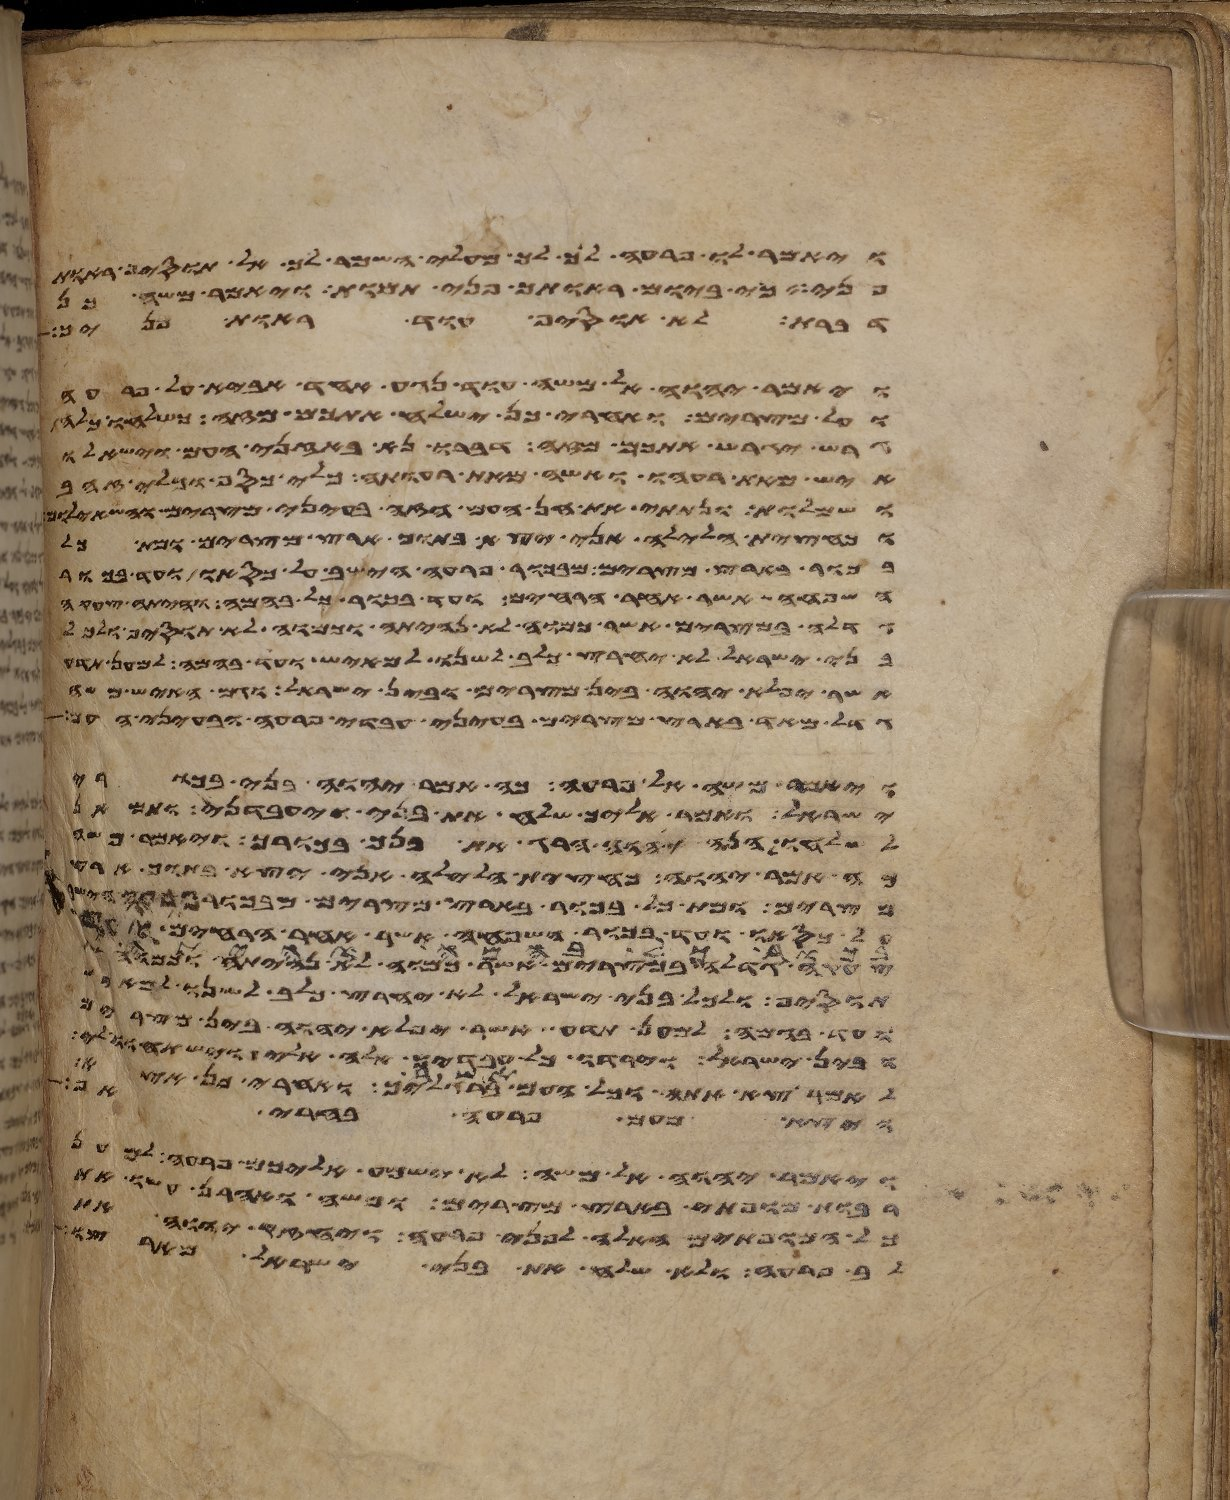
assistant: ויאמר לו פרעה לך לך מעלי השמר לך אל תוסיף ראות
פני כי ביום ראותך פני תמות ויאמר משה כן
דברת לא אוסיף עוד ראות פניך
ויאמר יהוה אל משה עוד נגע אחד אביא על פרעה
ועל מצרים ואחרי כן ישלח אתכם מזה כשלחו כלה
גרש יגרש אתכם מזה דברו נא באזני העם וישאלו
איש מאת רעהו ואשה מאת רעותה כלי כסף וכלי זהב
ושמלות ונתתי את חן העם הזה בעיני מצרים והשאלום
וכחצית הלילה אני יצא בתוך ארץ מצרים ומת כל
בכור בארץ מצרים מבכור פרעה הישב על כסאו ועד בכור
השפחה אשר אחר הרחים ועד בכור כל בהמה והיתה צעקה
גדלה במצרים אשר כמוה לא נהיתה וכמוה לא תוסיף ולכל
בני ישראל לא יחרץ כלב לשנו למאיש ועד בהמה למען תדע
אשר יפלא יהוה בין מצרים ובין ישראל וגם האיש משה
גדל מאד בארץ מצרים בעיני עבדי פרעה ובעיני העם
ויאמר משה אל פרעה כה אמר יהוה בני בכורי
ישראל ואמר אליך שלח את בני ויעבדני ותמאן
לשלחו הנה יהוה הרג את בנך בכורך ויאמר משה
כה אמר יהוה כחצית הלילה אני יצא בתוך ארץ
מצרים ומת כל בכור בארץ מצרים מבכור פרעה הישב
כסאו ועד בכור השפחה אשר אחר הרחים ועד
צעקה גדלה במצרים אשר כמוה לא נהיתה וכמוה
תוסיף ולכל בני ישראל לא יחרץ כלב לשנו
ועד בהמה למען תדע אשר יפלא יהוה בין מצרים
ובין ישראל וירדו כל עבדיך אלה אלי וישתחוו
לאמר צא אתה וכל העם אשר ברגליך ואחרי כן אצא
ויצא מעם פרעה בחרי אף
ויאמר יהוה אל משה לא ישמע אליכם פרעה למען
רבות מופתי בארץ מצרים ומשה ואהרן עשו את
כל המופתים האלה לפני פרעה ויחזק יהוה את
לב פרעה ולא שלח את בני ישראל מארצו